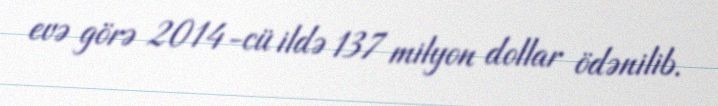
evə görə 2014-cü ildə 137 milyon dollar ödənilib.